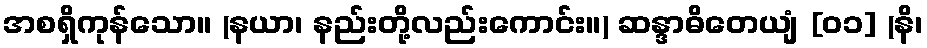
အစရှိကုန်သော။ (နယာ၊ နည်းတို့လည်းကောင်း။) ဆန္ဒာဓိတေယျံ [၀၁] (နိ၊